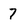
Character: 7